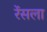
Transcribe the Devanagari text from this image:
रेंसला